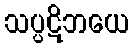
သပ္ပဋိဘယေ